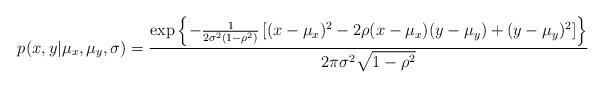
LaTeX: \begin{align*}p_{}(x,y|\mu_{x},\mu_{y},\sigma)=\frac{\exp\left\{ -\frac{1}{2\sigma^{2}(1-\rho^{2})}\left[ (x-\mu_{x})^{2}-2\rho(x-\mu_{x})(y-\mu_{y})+(y-\mu_{y})^{2}\right] \right\} }{2\pi\sigma^{2}\sqrt{1-\rho^{2}}}\end{align*}